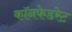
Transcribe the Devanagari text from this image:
कॉनफेडरेट